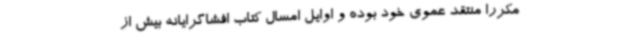
مکرراً منتقد عموی خود بوده و اوایل امسال کتاب افشاگرایانه بیش از